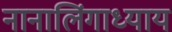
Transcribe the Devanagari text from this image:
नानालिंगाध्याय